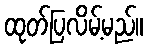
ထုတ်ပြလိမ့်မည်။